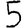
Digit: 5